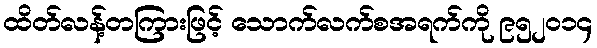
ထိတ်လန့်တကြားဖြင့် သောက်လက်စအရက်ကို ၉၅၂၀၁၄